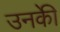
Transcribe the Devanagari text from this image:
उनकीे